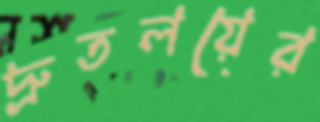
দ্রুতলয়ের